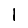
Digit: 1